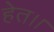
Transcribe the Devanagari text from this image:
हेत।।